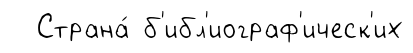
Страна́ б'ибл'иограф'ическ'их